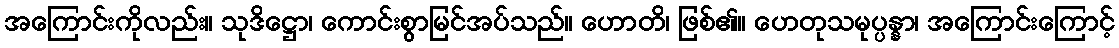
အကြောင်းကိုလည်း။ သုဒိဋ္ဌော၊ ကောင်းစွာမြင်အပ်သည်။ ဟောတိ၊ ဖြစ်၏။ ဟေတုသမုပ္ပန္နာ၊ အကြောင်းကြောင့်